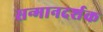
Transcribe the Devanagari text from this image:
सन्मानदर्शक